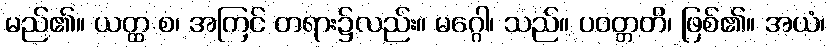
မည်၏။ ယတ္ထ စ၊ အကြင် တရား၌လည်း။ မဂ္ဂေါ၊ သည်။ ပဝတ္တတိ၊ ဖြစ်၏။ အယံ၊